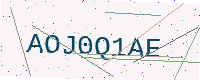
Text: AOJ0Q1AE